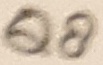
Text: Q8